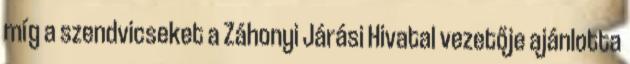
míg a szendvicseket a Záhonyi Járási Hivatal vezetője ajánlotta